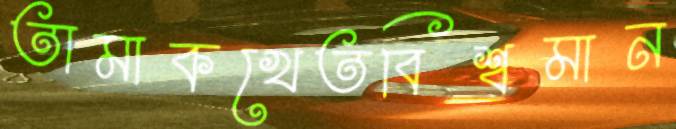
তামাকখেতবিশ্বমান